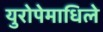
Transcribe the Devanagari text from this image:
युरोपेमाधिले